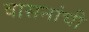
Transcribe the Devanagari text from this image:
वासनांची